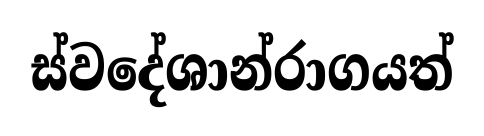
ස්වදේශාන්රාගයත්